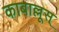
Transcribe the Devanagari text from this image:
काबाल्लूस्